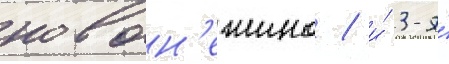
новон'ежино / и́ 3-я́